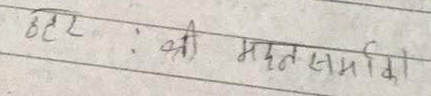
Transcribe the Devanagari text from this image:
ठहर : श्री मदन समाधि